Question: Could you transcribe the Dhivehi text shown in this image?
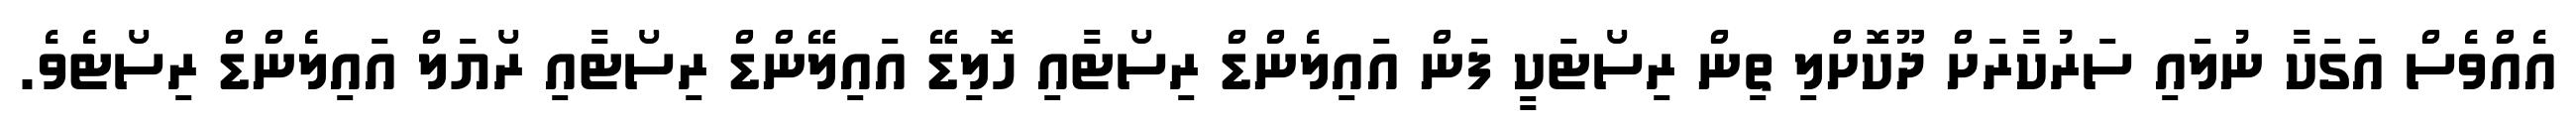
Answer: އެއްވެސް އަގަކާ ނުލައި ސަރުކާރަށް ދޫކޮށްލި ތިން ރިސޯޓަކީ ފަން އައިލެންޑް ރިސޯޓާއި ހޮލިޑޭ އައިލޭންޑް ރިސޯޓާއި ރޯޔަލް އައިލެންޑް ރިސޯޓެވެ.